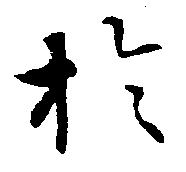
於